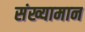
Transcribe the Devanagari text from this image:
संख्यामान